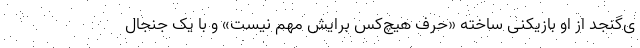
ی‌گنجد از او بازیکنی ساخته «حرف هیچ‌کس برایش مهم نیست» و با یک جنجال